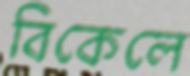
বিকেলে